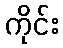
ကိုင်း